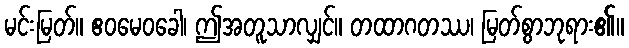
မင်းမြတ်။ ဧဝမေဝခေါ၊ ဤအတူသာလျှင်။ တထာဂတဿ၊ မြတ်စွာဘုရား၏။